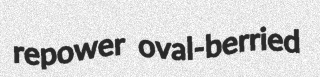
repower oval-berried